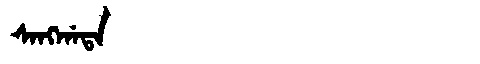
Manchu: ᠰᠠᠩᡤᠠᡨᠠ
Romanization: SANGGATA